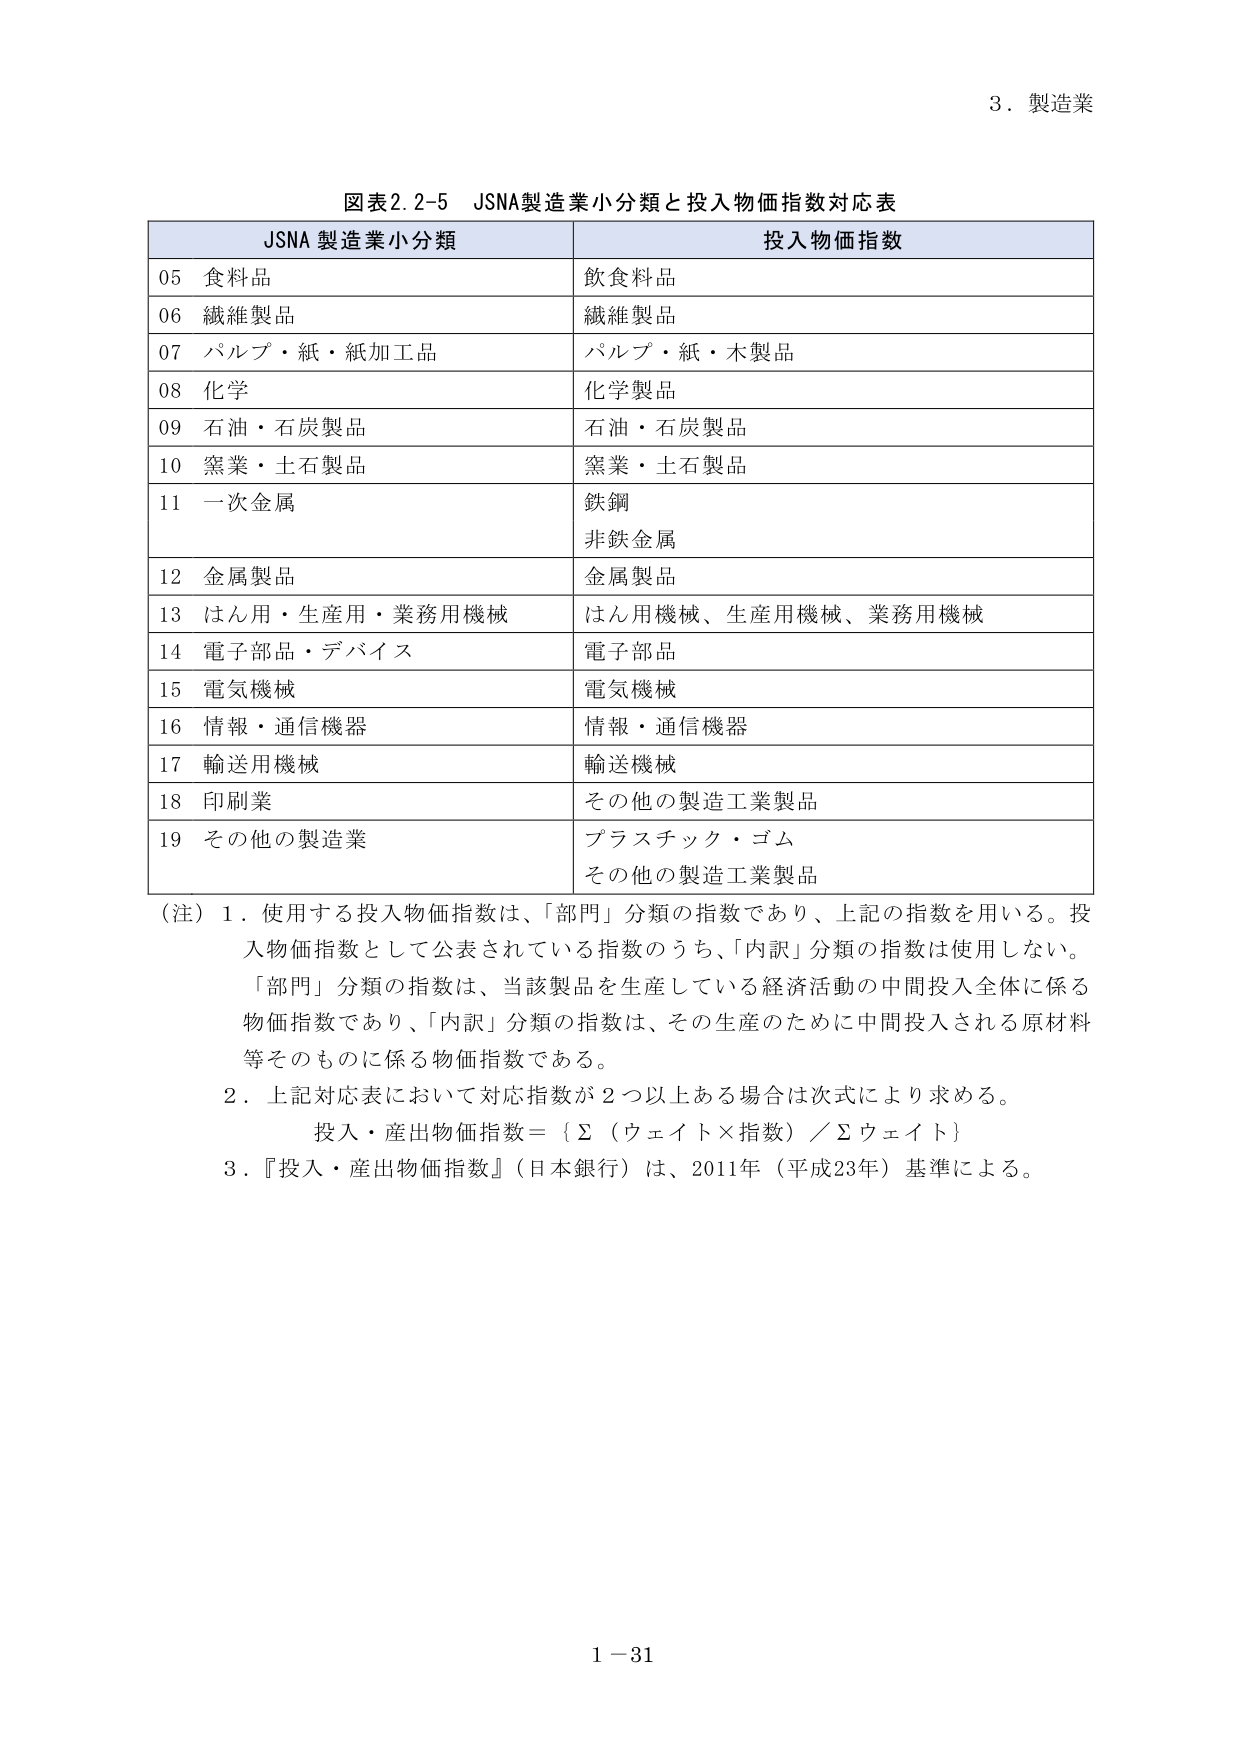
3．製造業

図表2.2-5 JSNA製造業小分類と投入物価指数対応表

JSNA 製造業小分類 投入物価指数
05 食料品 飲食料品
06 繊維製品 繊維製品
07 パルプ・紙・紙加工品 パルプ・紙・木製品
08 化学 化学製品
09 石油・石炭製品 石油・石炭製品
10 窯業・土石製品 窯業・土石製品
11 一次金属 鉄鋼
非鉄金属
12 金属製品 金属製品
13 はん用・生産用・業務用機械 はん用機械、生産用機械、業務用機械
14 電子部品・デバイス 電子部品
15 電気機械 電気機械
16 情報・通信機器 情報・通信機器
17 輸送用機械 輸送機械
18 印刷業 その他の製造工業製品
19 その他の製造業 プラスチック・ゴム
その他の製造工業製品

（注）1．使用する投入物価指数は、「部門」分類の指数であり、上記の指数を用いる。投入物価指数として公表されている指数のうち、「内訳」分類の指数は使用しない。
「部門」分類の指数は、当該製品を生産している経済活動の中間投入全体に係る物価指数であり、「内訳」分類の指数は、その生産のために中間投入される原材料等そのものに係る物価指数である。
2．上記対応表において対応指数が2つ以上ある場合は次式により求める。
投入・産出物価指数＝｛Σ（ウェイト×指数）／Σウェイト｝
3．『投入・産出物価指数』（日本銀行）は、2011年（平成23年）基準による。

1－31